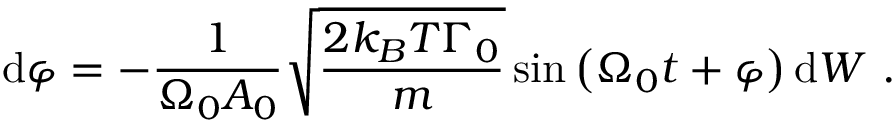
\mathrm { d } \varphi = - \frac { 1 } { \Omega _ { 0 } A _ { 0 } } \sqrt { \frac { 2 k _ { B } T \Gamma _ { 0 } } { m } } \sin \left( \Omega _ { 0 } t + \varphi \right) \mathrm { d } W \mathrm { ~ . ~ }